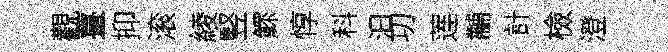
觀薹抑滚綾竪鰥惇科汩㓛莲黼計檢澄